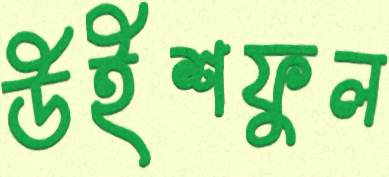
উইশফুল